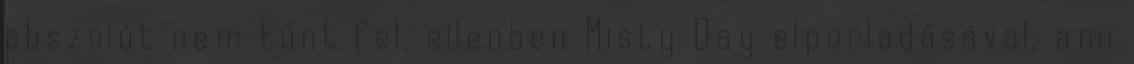
abszolút nem tűnt fel, ellenben Misty Day elporladásával, ami